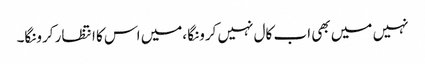
نہیں میں بھی اب کال نہیں کرونگا ،میں اس کا انتظار کرونگا۔